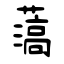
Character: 薃